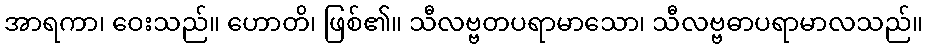
အာရကာ၊ ဝေးသည်။ ဟောတိ၊ ဖြစ်၏။ သီလဗ္ဗတပရာမာသော၊ သီလဗ္ဗဓာပရာမာလသည်။